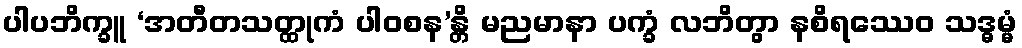
ပါပဘိက္ခူ ‘အတီတသတ္ထုကံ ပါဝစန’န္တိ မညမာနာ ပက္ခံ လဘိတွာ နစိရဿေဝ သဒ္ဓမ္မံ